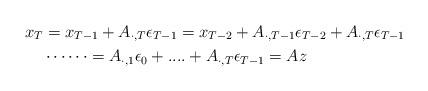
LaTeX: \begin{align*}{x_{T}} & ={x_{T-1}}+{A}_{\cdot , T} \epsilon_{T-1}={x_{T-2}}+ {A}_{\cdot,T-1} \epsilon_{T-2} + {A}_{\cdot,T} \epsilon_{T-1} \\& \cdots \cdots= {A}_{\cdot, 1} \epsilon_{0} +....+ {A}_{\cdot,T} \epsilon_{T-1}=A {z}\end{align*}